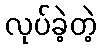
လုပ်ခဲ့တဲ့